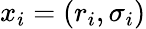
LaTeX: x_{i}=(r_{i},\sigma_{i})